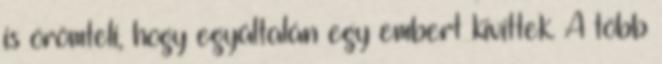
is örömteli, hogy egyáltalán egy embert kivittek. A több